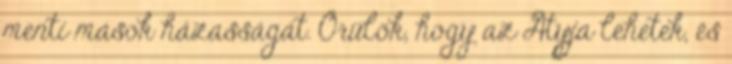
menti mások házasságát. Örülök, hogy az Atyja lehetek, és